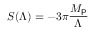
S ( \Lambda ) = - 3 \pi \frac { M _ { \sf P } } { \Lambda }